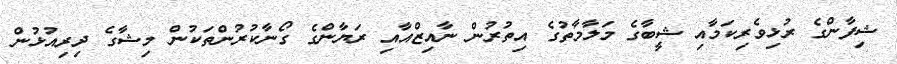
ޝިފާންގެ ރުޅިވެރިކަމާއި ޝީބާގެ މަލާމާތުގެ އިތުރުން ނާއިޒްއާއި ރަޔާންގެ ގޯނާކުރުންތަކުން މިޝާގެ ދިރިއުޅުން